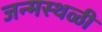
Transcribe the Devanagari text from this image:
जन्मस्थळी